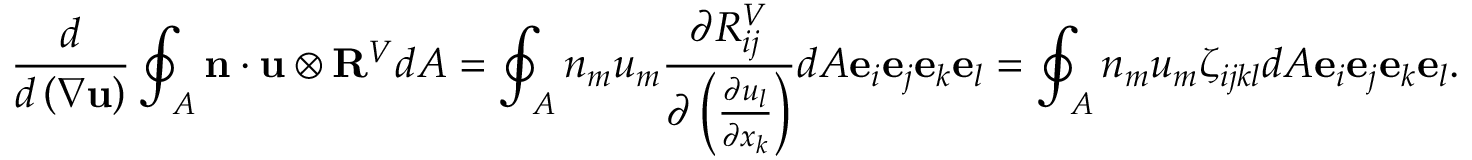
\frac { d } { d \left( \nabla \mathbf { u } \right) } \oint _ { A } \mathbf { n } \cdot \mathbf { u } \otimes \mathbf { R } ^ { V } d A = \oint _ { A } n _ { m } u _ { m } \frac { \partial R _ { i j } ^ { V } } { \partial \left( \frac { \partial u _ { l } } { \partial x _ { k } } \right) } d A \mathbf { e } _ { i } \mathbf { e } _ { j } \mathbf { e } _ { k } \mathbf { e } _ { l } = \oint _ { A } n _ { m } u _ { m } \zeta _ { i j k l } d A \mathbf { e } _ { i } \mathbf { e } _ { j } \mathbf { e } _ { k } \mathbf { e } _ { l } .